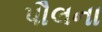
પૌલના